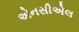
એનસીએલ